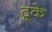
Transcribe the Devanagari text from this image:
टूके